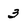
Character: 3